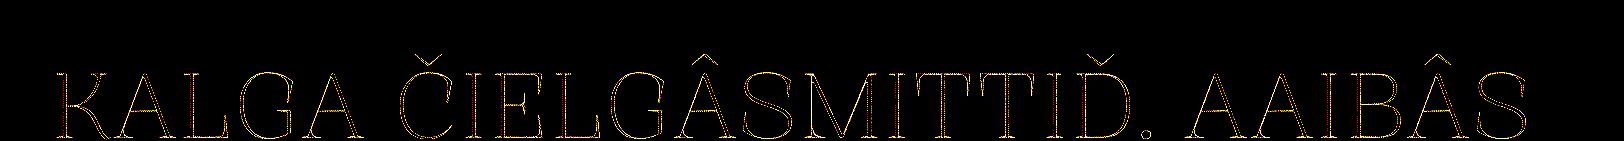
KALGA ČIELGÂSMITTIĐ. AAIBÂS